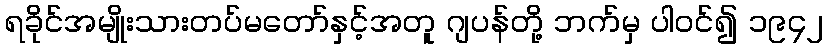
ရခိုင်အမျိုးသားတပ်မတော်နှင့်အတူ ဂျပန်တို့ ဘက်မှ ပါဝင်၍ ၁၉၄၂